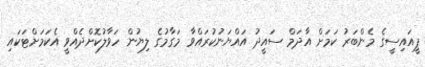
ޕީއައިސީގެ މެންބަރު ކަމަށް އާދަމް ސައީދު އައްޔަނުކުރައްވާ މަގާމުގެ ލިޔުން ހަވާލުކޮށްދެއްވީ އެކަމަށްޓަކައި